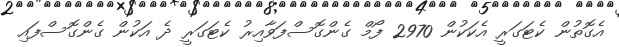
އެގޮތުން ކެޓަގަރީ އެކަކުން 2970 ފޯމް ގެންގޮސްފަވާއިރު ކެޓަގަރީ ދެ އަކުން ގެންގޮސްފައި